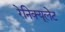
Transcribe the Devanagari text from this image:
रेनिक्यूलेट